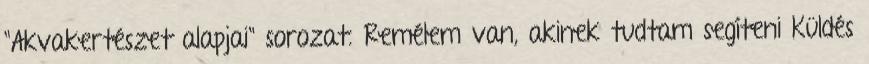
"Akvakertészet alapjai" sorozat. Remélem van, akinek tudtam segíteni Küldés